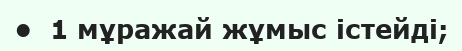
•  1 мұражай жұмыс істейді;